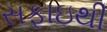
સફાઇથી